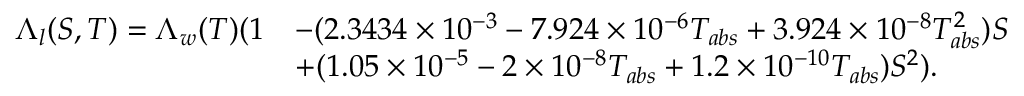
\begin{array} { r l } { \Lambda _ { l } ( S , T ) = \Lambda _ { w } ( T ) ( 1 } & { - ( 2 . 3 4 3 4 \times 1 0 ^ { - 3 } - 7 . 9 2 4 \times 1 0 ^ { - 6 } T _ { a b s } + 3 . 9 2 4 \times 1 0 ^ { - 8 } T _ { a b s } ^ { 2 } ) S } \\ & { + ( 1 . 0 5 \times 1 0 ^ { - 5 } - 2 \times 1 0 ^ { - 8 } T _ { a b s } + 1 . 2 \times 1 0 ^ { - 1 0 } T _ { a b s } ) S ^ { 2 } ) . } \end{array}